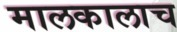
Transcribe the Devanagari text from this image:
मालकालाच